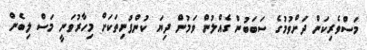
މަސްވެރިކަން ދަށްވުމުގެ ސަބަބުން ގެއްލުން ވަމުން ދިޔަ ކުންފުނިތަކަށް މިހާރުވަނީ މަސް ލިބެން